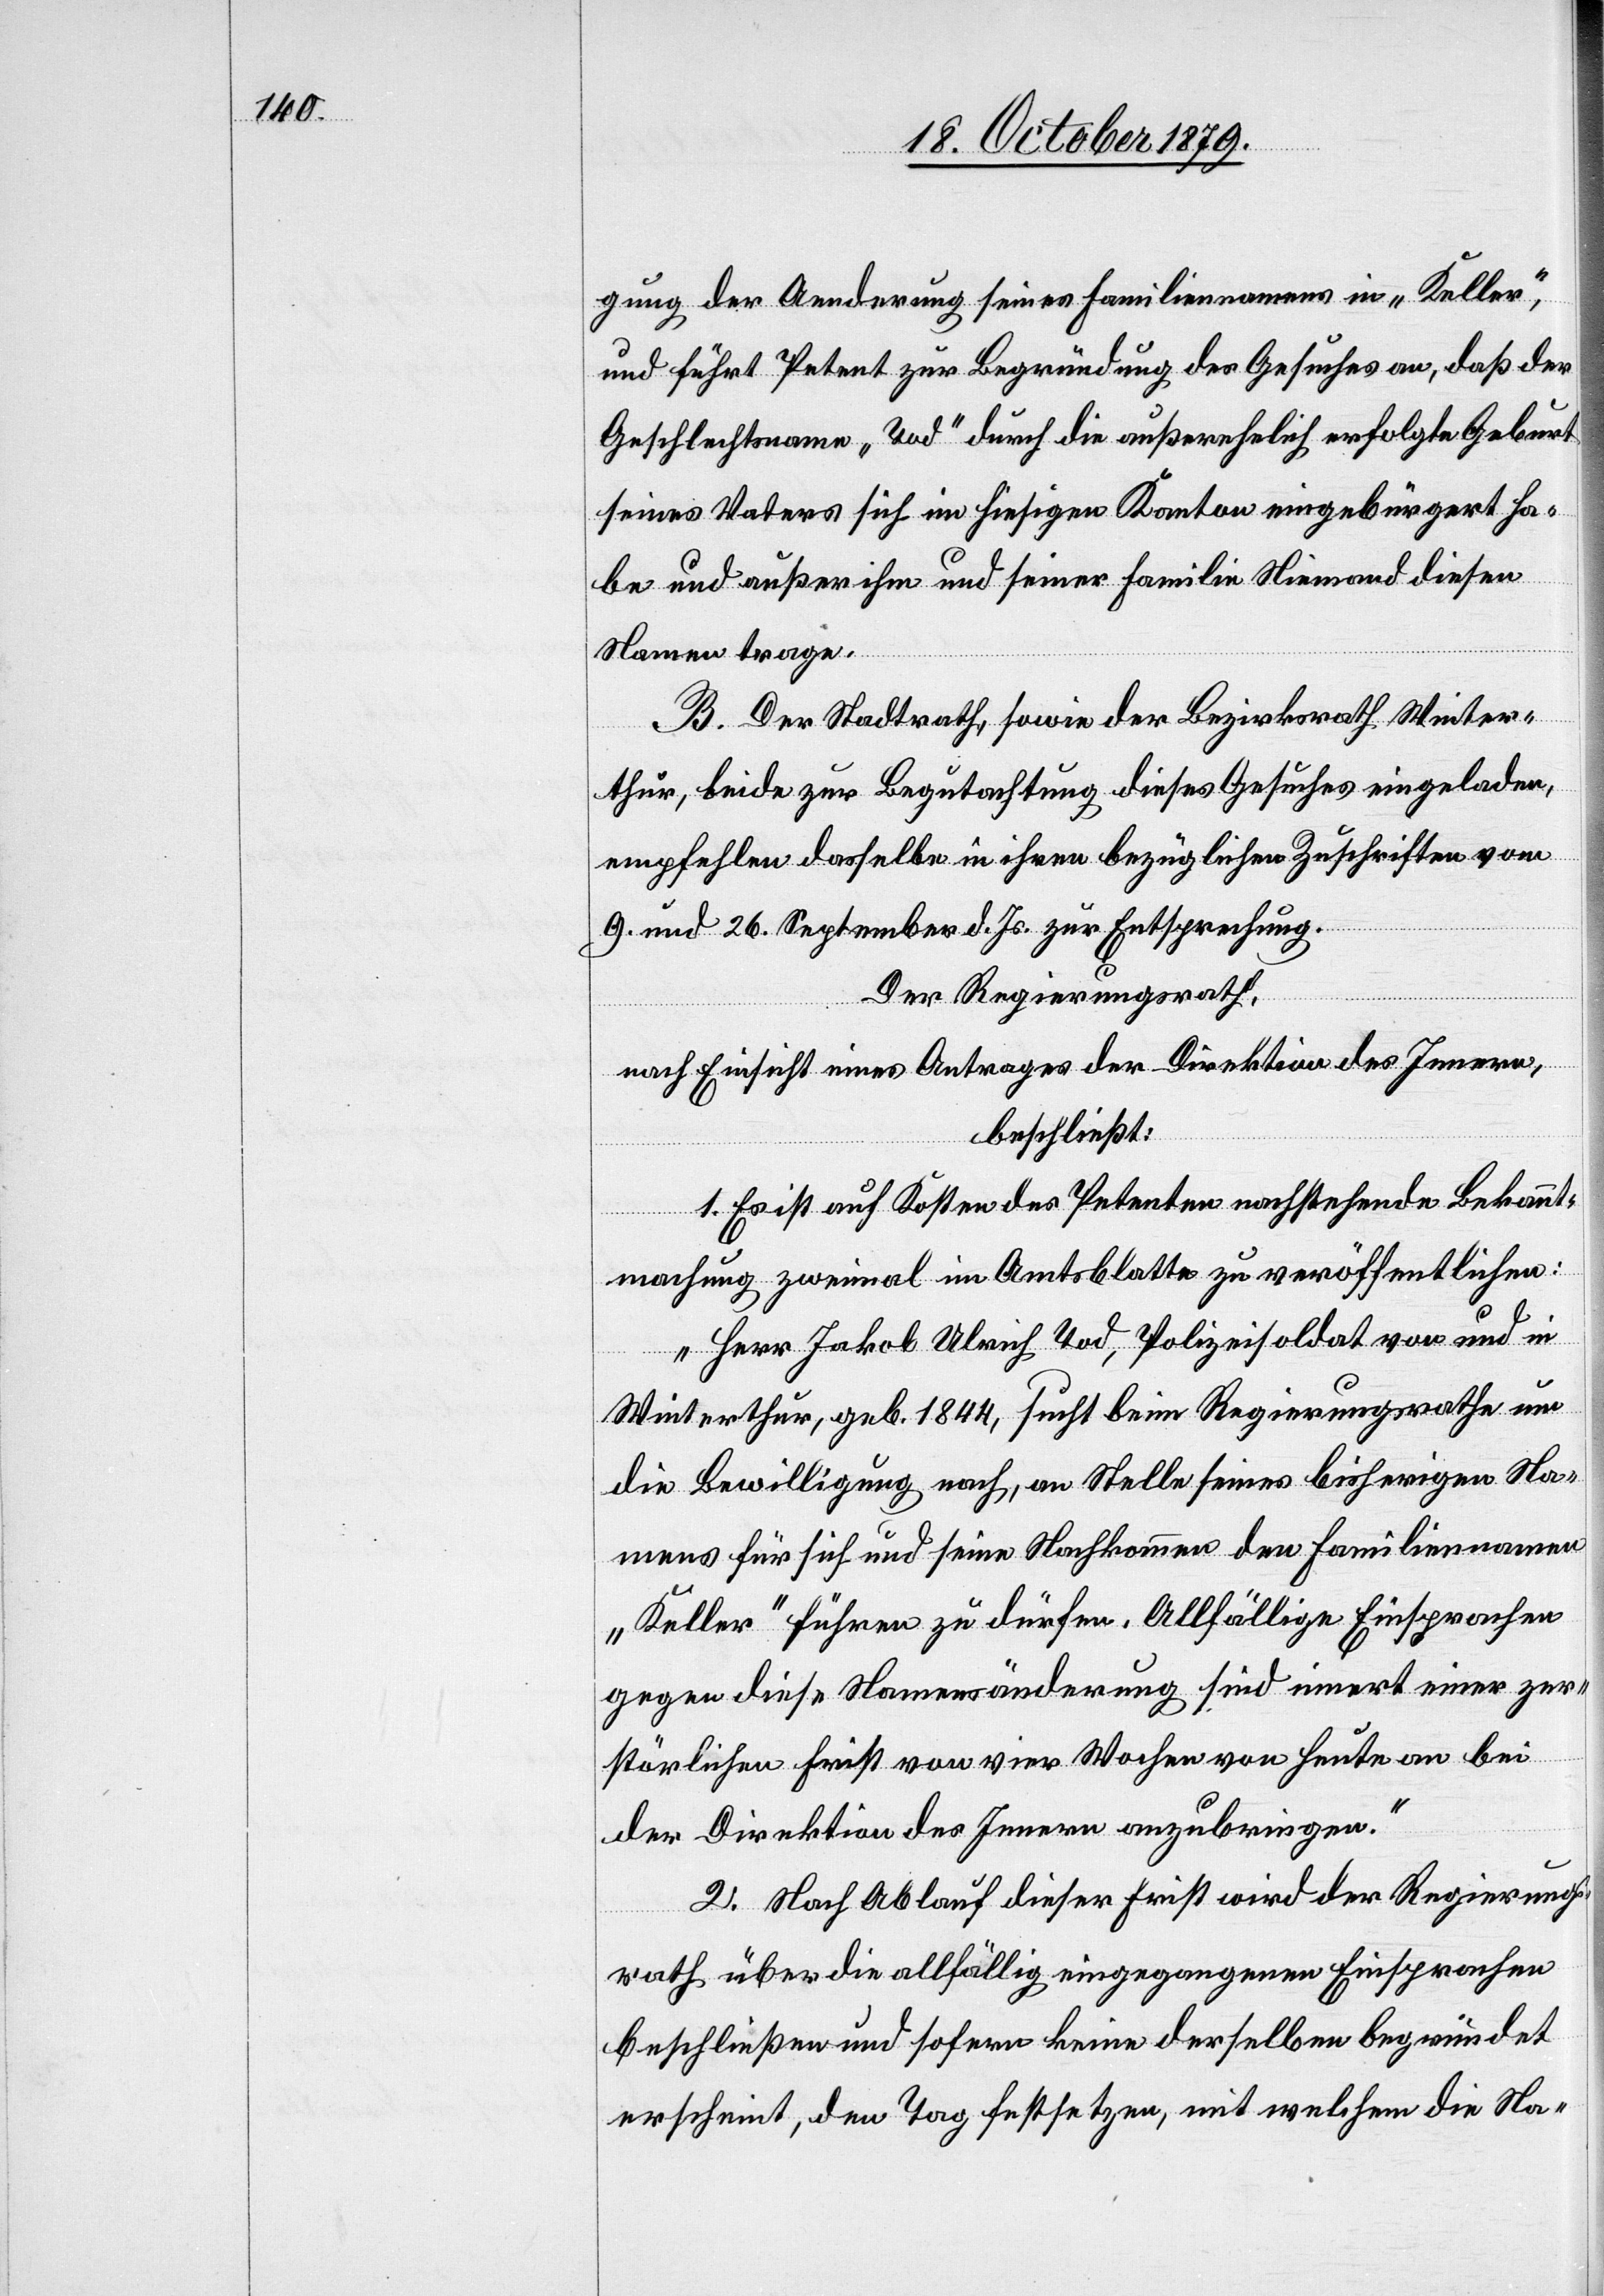
gung der Aenderung seines Familiennamens in „Keller“,
und führt Petent zur Begründung des Gesuches an, das der
Geschlechtsname „Tod“ durch die außerehelich erfolgte Geburt
seines Vaters sich im hiesigen Kanton eingebürgert ha¬
be und außer ihm und seiner Familie Niemand diesen
Namen trage.
B. Der Stadtrath, sowie der Bezirksrath Winter¬
thur, beide zur Begutachtung dieses Gesuches eingeladen,
empfehlen dasselbe in ihren bezüglichen Zuschriften vom
9. und 26. September d. Js zur Entsprechung.
Der Regierungsrath,
nach Einsicht eines Antrages der Direktion des Innern,
beschließt:
1. Es ist auf Kosten des Petenten nachstehende Bekannt¬
machung zweimal im Amtsblatte zu veröffentlichen:
„Herr Jakob Ulrich Tod, Polizeisoldat von und in
Winterthur, geb. 1844, sucht beim Regierungsrathe um
die Bewilligung nach, an Stelle seines bisherigen Na¬
mens für sich und seine Nachkommen den Familiennamen
„Keller“ führen zu dürfen. allfällige Einsprachen
gegen diese Namensänderung sind innert einer zur
störlichen Frist von vier Wochen von heute an bei
der Direktion des Innern anzubringen.“
2. Nach Ablauf dieser Frist wird der Regierungs¬
rath über die allfällig eingegangenen Einsprachen
beschließen und sofern keine derselben begründet
erscheint, den Tag festsetzen, mit welchem die Na-